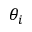
\theta _ { i }